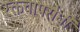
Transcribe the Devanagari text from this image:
रक्तचापरोधी